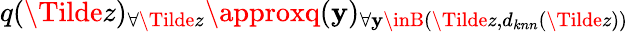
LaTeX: q(\Tilde{z})_{\forall\Tilde{z}}\approxq(\mathbf{y})_{\forall\mathbf{y}\inB(\Tilde{z},d_{knn}(\Tilde{z}))}